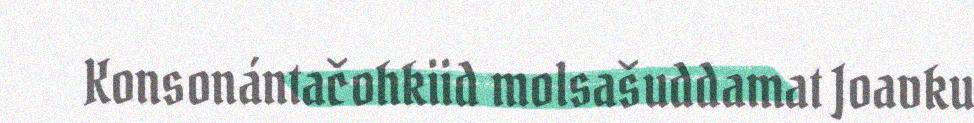
Konsonántačohkiid molsašuddamat Joavku